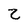
Character: Z